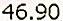
46.90